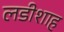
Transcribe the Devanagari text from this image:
लडीशाह